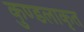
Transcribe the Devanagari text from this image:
कुण्डलाकृत